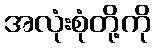
အလုံးစုံတို့ကို